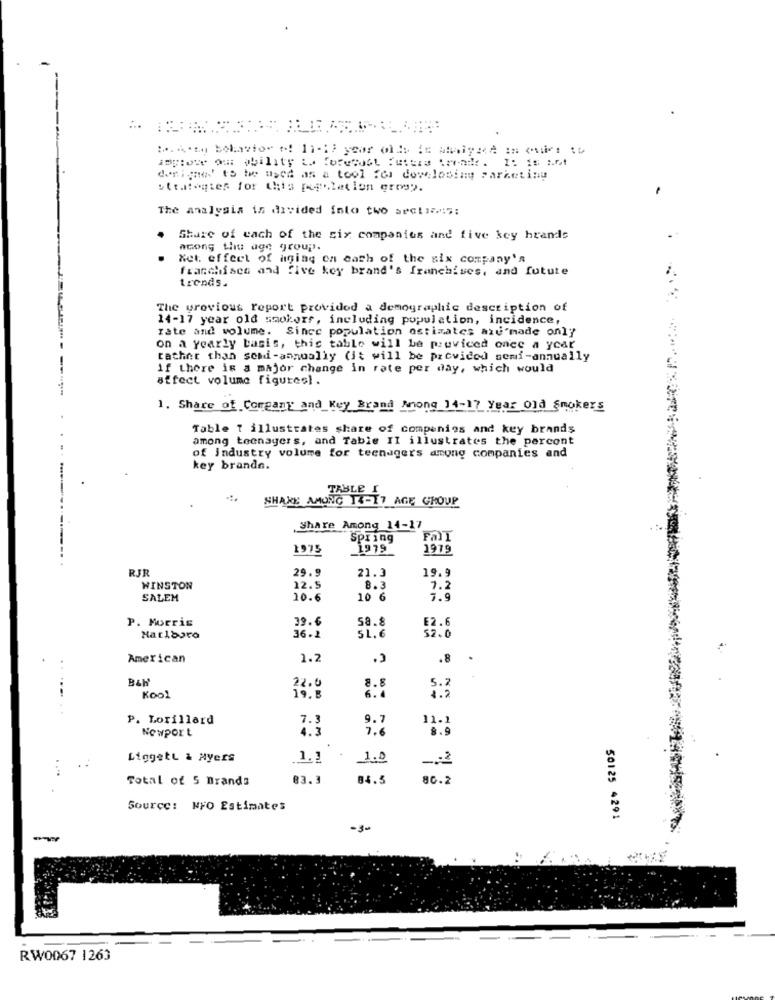
designed to be used as a tool fer dowlosing parketiny
ettafogies for this regulation erosy.
The analysis is divided into two sections;
·
Share of each of the six companies and five key hrands
acong the age group.
Net. effect of aging on each of the six company's
franchises and five key brand's franchises, and future
trends.
The previous report provided a demographic description of
14-17 year old smokers, including population, incidence,
rate and volume. Since population estimates axd'made only
on a yearly basis, this table will be peuviced once a year
rather than send-annually (it will be provided semi-annually
if there is a major change in rate per day, which would
affect volume figures).
1. Share of Corgany and Key Brand Mong 14-17 Year Old Smokers
Table T illustrates share of companies and key brands
among teenagers, and Table II illustrates the percont
of Industry volume for teenagers among companies and
key brandn.
TABLE I
SHAKE AMONG 14-17 AGE GROUP
Share Among 14-17
Spring
1975
1979
RJR
29.9
19.9
21.3
WINSTON
12.5
8.3
7.2
SALEM
10.6
10 6
7.9
P. Morris
39.6
sa .¿
E2.6
36 . 2
$2.0
Marlboro
51.6
American
1.2
.8
22.4
8.8
5.2
Kool
19. 8
P. Lorillard
9.7
11.]
Nowport
7.6
8.9
LiggetL & Myers
1.3
1.0
Total of 5 Brands
83.3
04.5
80.2
Source: NFO Estimates
50125 4291
-30
RW0067 1263